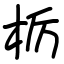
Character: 栃